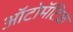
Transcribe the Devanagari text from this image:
ऑटोमॅटिक